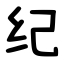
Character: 纪